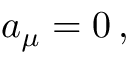
{ a } _ { \mu } = 0 \, , \; \;